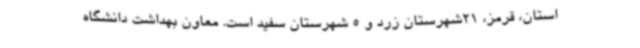
استان، قرمز، 21شهرستان زرد و 5 شهرستان سفید است. معاون بهداشت دانشگاه